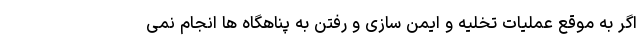
اگر به موقع عملیات تخلیه و ایمن سازی و رفتن به پناهگاه ها انجام نمی